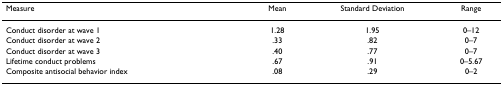
| Measure | Mean | Standard Deviation | Range |
 | --- | --- | --- | --- |
 | Conduct disorder at wave 1 | 1.28 | 1.95 | 0–12 |
 | Conduct disorder at wave 2 | .33 | .82 | 0–7 |
 | Conduct disorder at wave 3 | .40 | .77 | 0–7 |
 | Lifetime conduct problems | .67 | .91 | 0–5.67 |
 | Composite antisocial behavior index | .08 | .29 | 0–2 |